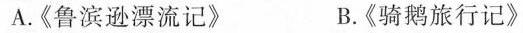
A.《鲁滨逊漂流记》 B.《骑鹅旅行记》